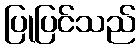
ပြုပြင်သည်